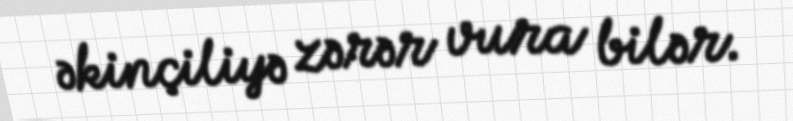
əkinçiliyə zərər vura bilər.